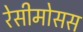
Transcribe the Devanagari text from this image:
रेसीमोसस